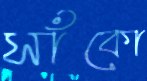
সাঁকো